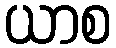
ယာစ